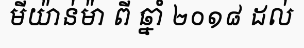
មីយ៉ាន់ម៉ា ពី ឆ្នាំ ២០១៨ ដល់